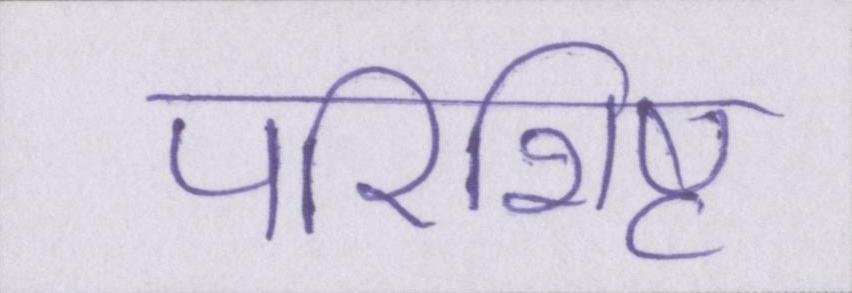
परिशिष्ट